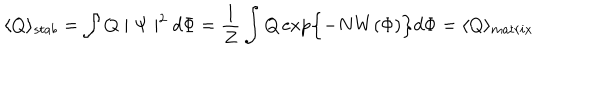
LaTeX: \langle Q \rangle _ { s t a b } = \int Q \mid \Psi \mid ^ { 2 } d \Phi = \frac { 1 } { Z } \int Q \exp \Bigl \{ - N W ( \Phi ) \Bigr \} d \Phi = \langle Q \rangle _ { m a t r i x }